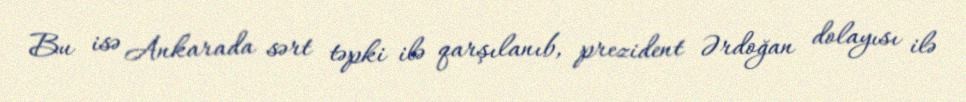
Bu isə Ankarada sərt təpki ilə qarşılanıb, prezident Ərdoğan dolayısı ilə